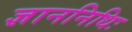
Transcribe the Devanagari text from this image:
ज्ञाननिधिः